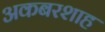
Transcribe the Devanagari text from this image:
अकबरशाह